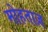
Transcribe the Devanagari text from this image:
मोहताज़